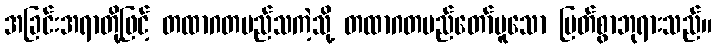
အခြင်းအရာတို့ဖြင့် တထာဂတမည်သကဲ့သို့ တထာဂတမည်တော်မူသော မြတ်စွာဘုရားသည်။